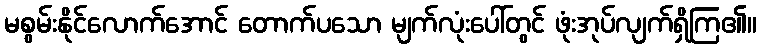
မစွမ်းနိုင်လောက်အောင် တောက်ပသော မျက်လုံးပေါ်တွင် ဖုံးအုပ်လျက်ရှိကြ၏။